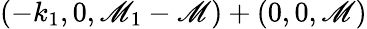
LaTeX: (-k_{1},0,\mathscr{M}_{1}-\mathscr{M})+(0,0,\mathscr{M})